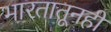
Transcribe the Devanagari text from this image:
भारतातूनही